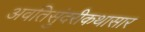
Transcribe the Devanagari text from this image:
अवंतिसुंदरीकथासार